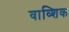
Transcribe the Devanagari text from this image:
वाव्शिक